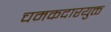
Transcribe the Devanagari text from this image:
चमकदारयुक्त